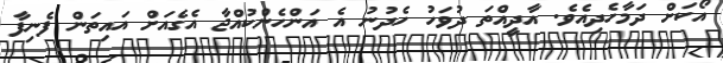
އޯކަށް ދަމާހެދިއެވެ. އާދީއްތަ ދުވަހު ހެދުނު އެ އަންހެންކުއްޖާ އެގެއަށް އައިތަން ފެނިފާ